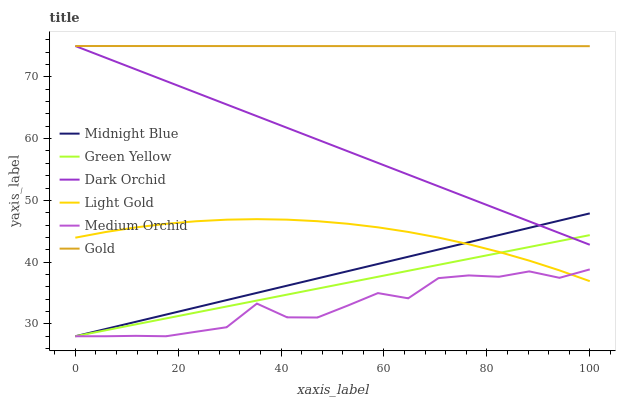
| xaxis_label | Midnight Blue | Green Yellow | Dark Orchid | Light Gold | Medium Orchid | Gold |
 | --- | --- | --- | --- | --- | --- | --- |
 | 0 | 28 | 28 | 75 | 44 | 28 | 75 |
 | 5.88 | 29.2 | 29 | 73.1 | 44.9 | 28 | 75 |
 | 11.8 | 30.3 | 29.9 | 71.2 | 45.6 | 28.1 | 75 |
 | 17.6 | 31.5 | 30.9 | 69.3 | 46.2 | 28 | 75 |
 | 23.5 | 32.7 | 31.9 | 67.4 | 46.6 | 28.7 | 75 |
 | 29.4 | 33.9 | 32.8 | 65.5 | 46.9 | 29.5 | 75 |
 | 35.3 | 35 | 33.8 | 63.6 | 47 | 33.3 | 75 |
 | 41.2 | 36.2 | 34.7 | 61.7 | 46.9 | 31.1 | 75 |
 | 47.1 | 37.4 | 35.7 | 59.9 | 46.6 | 31 | 75 |
 | 52.9 | 38.5 | 36.7 | 58 | 46.2 | 33 | 75 |
 | 58.8 | 39.7 | 37.6 | 56.1 | 45.6 | 35 | 75 |
 | 64.7 | 40.9 | 38.6 | 54.2 | 44.9 | 34.1 | 75 |
 | 70.6 | 42 | 39.6 | 52.3 | 44 | 37.4 | 75 |
 | 76.5 | 43.2 | 40.5 | 50.4 | 42.9 | 37.8 | 75 |
 | 82.4 | 44.4 | 41.5 | 48.5 | 41.7 | 37.6 | 75 |
 | 88.2 | 45.6 | 42.4 | 46.6 | 40.2 | 38.5 | 75 |
 | 94.1 | 46.7 | 43.4 | 44.7 | 38.7 | 37.5 | 75 |
 | 100 | 47.9 | 44.4 | 42.8 | 36.9 | 38.8 | 75 |